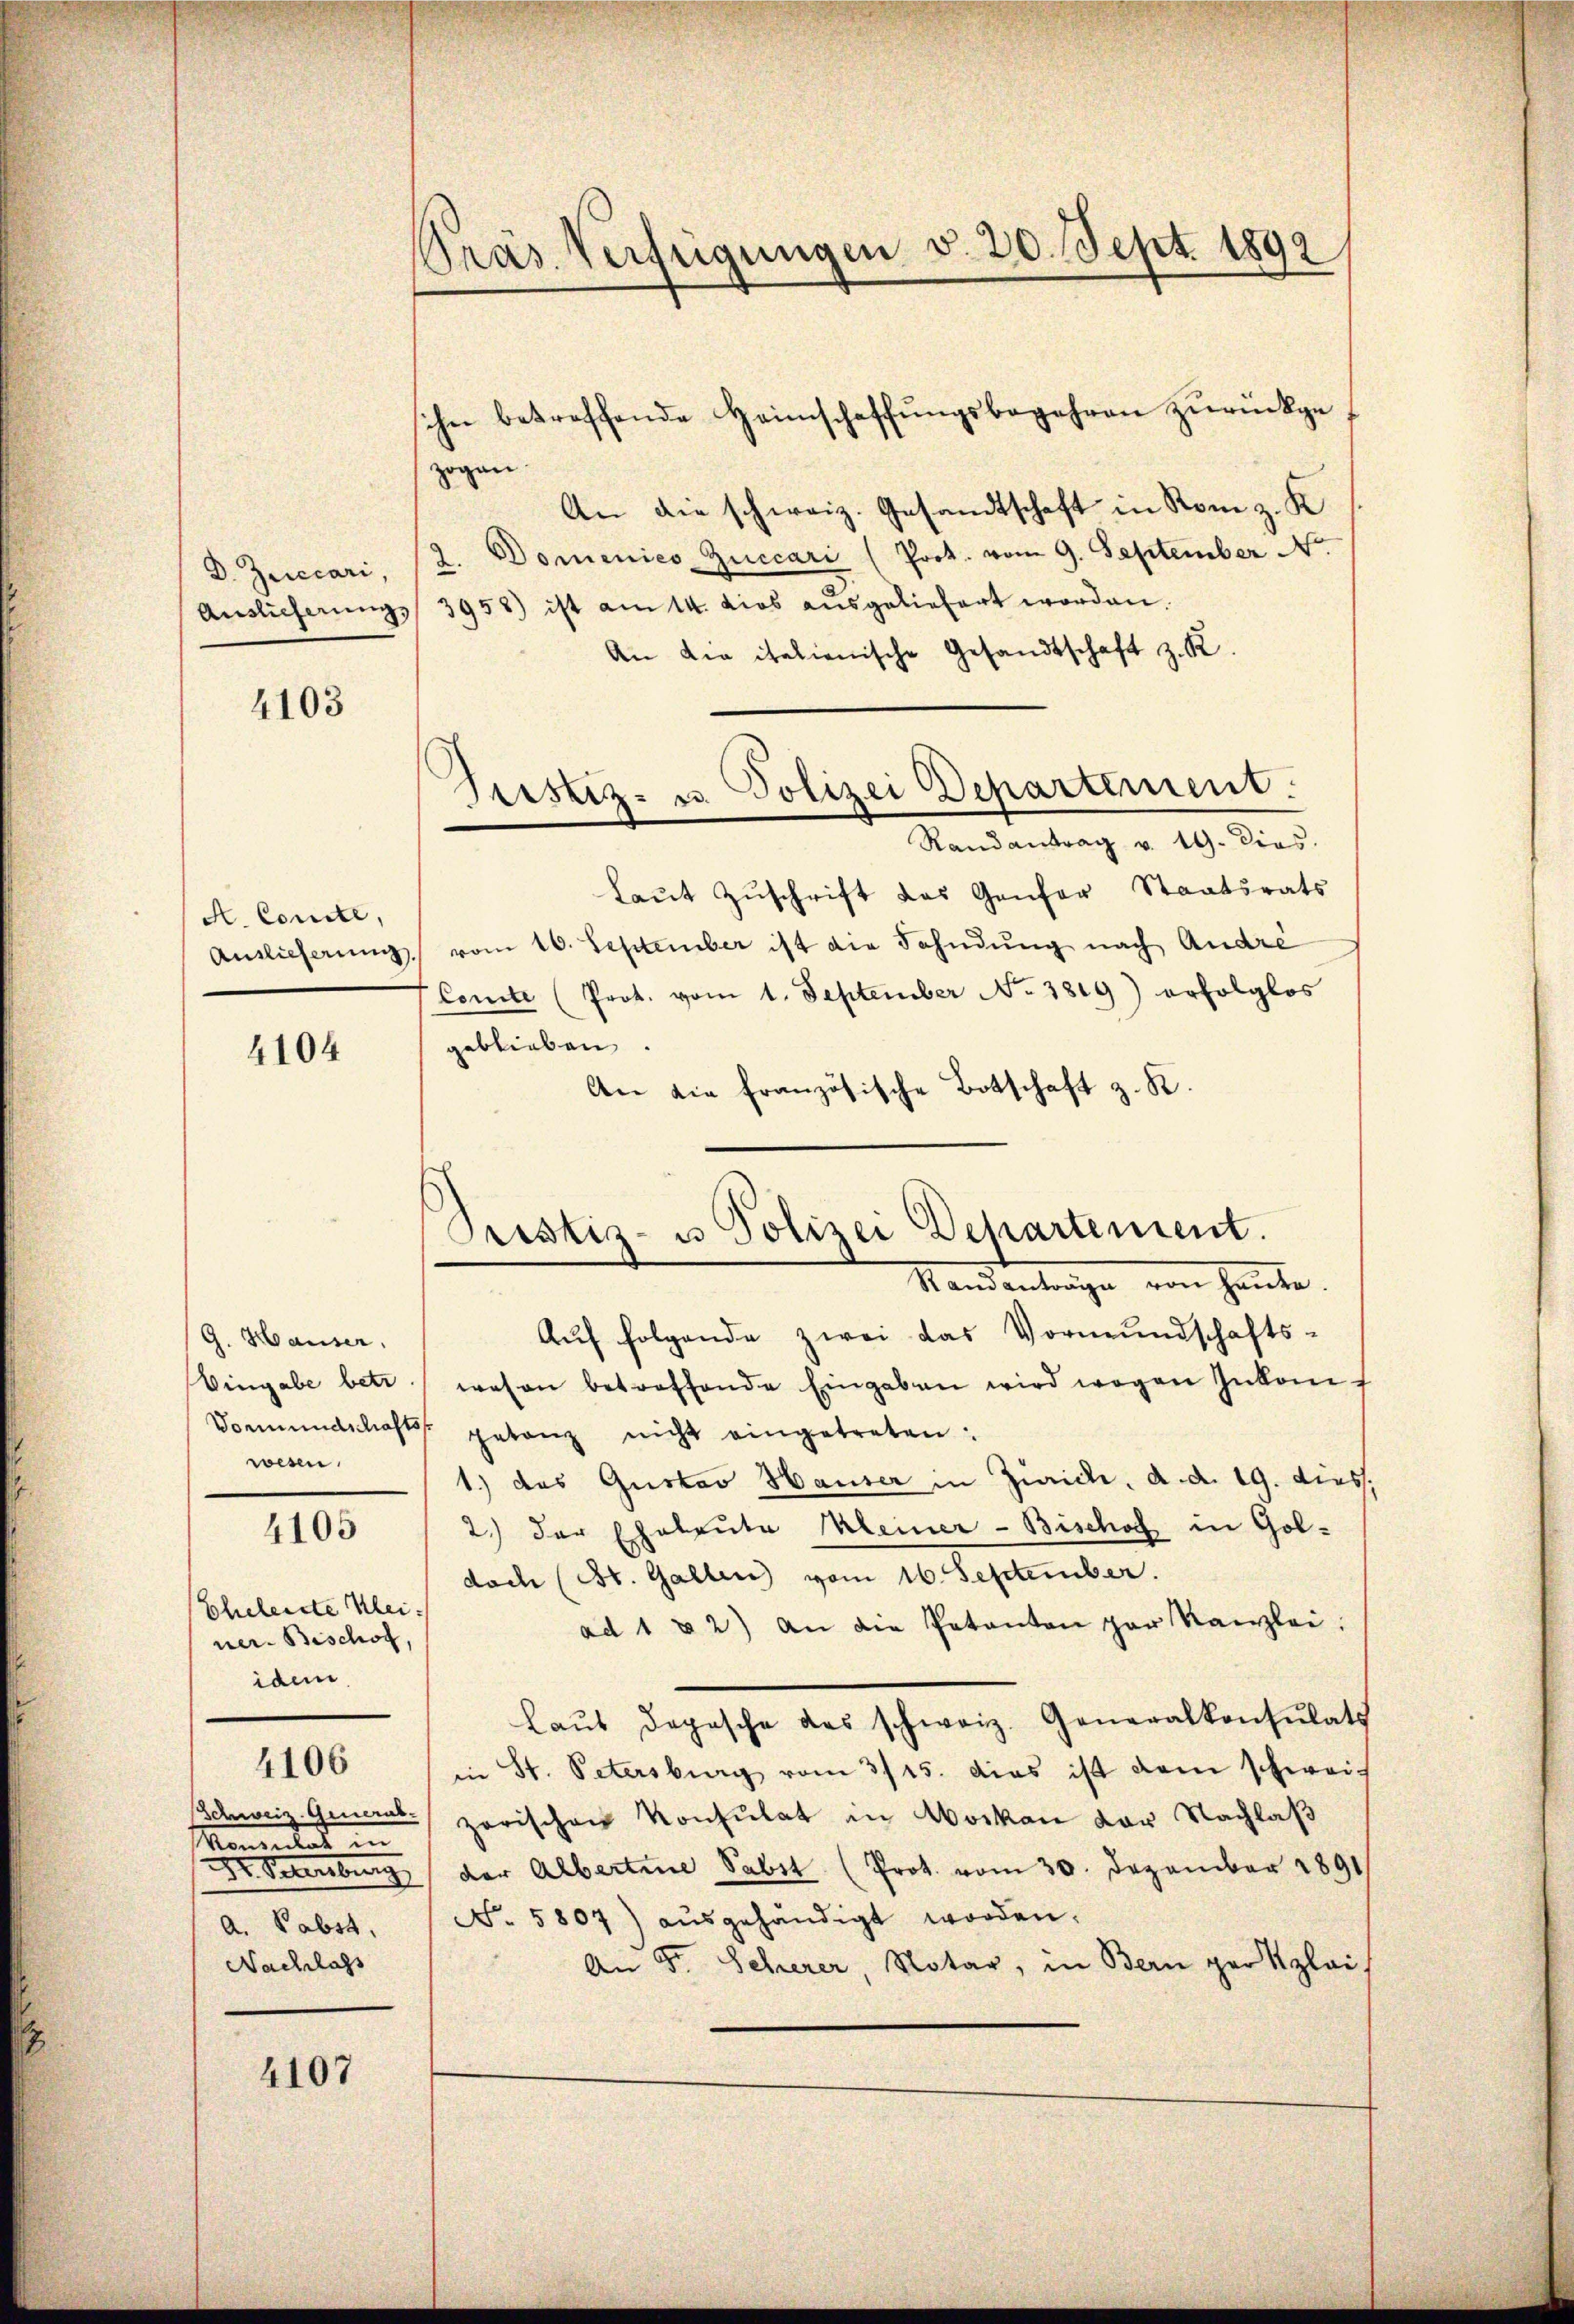
D. Zuecari,
Auslieferung,

A. Comite,

4103

4104

G. Hauser.
Vormundschaftsf
wesen.

4105

Eheleiste Kleiner. Bischof,
idem

4106

Momentlas
a. Pabst,
Nachlass

4107

Präs. Verfügungen v. 20. Sept. 1892/

zogen
An die schweiz. Gesandtschaft in Rom z. K
z. Domenico Zuccari (Prot. vom 9. September N.
3958) ist am 14. dies ausgeliefert worden.
An die italienische Gesandtschaft z. R.
laŭt Zŭschrift das Genfer Staatsrats
Antlicherŭng vom 16. September ist die Fahndung nach Andre
Comite (Prot. vom 1. September No. 3819) erfolglos
geblieben
An die französische Botschaft z. R.
Standentrage von heute.
Auf folgende zwei das Vormundschafts-
Eingabe betr wesen betreffende Eingaben wird wegen Inkons
getanz nicht eingetreten:
1.) das Gustav Hauser in Zürich, d. d. 19. diess.
2.) Der Eheleute Meiner-Bischof in Goldoch (St. Gallen vom 16. September.
ad 1 u 2) an die Patanten par Kanzlei.
laŭt dopische das schweiz. Generalkonsulats
in St. Petersburg vom 3/15. das ist dem schweiz
Schweiz. General zerischen Konsulat in Moskau vor Nachlaß
Dr. Petersburg der Albertene Subst (Prot. vom 30. Dezember 1891
No. 5807) ausgehändigt worden.
An Fr. Scherer, Notar, in Bern per plai

ihn betreffende Heimschaffŭngsbegehren zurückge¬

Justiz- u. Polizei Departement.
Randantrag v. 19. dies.

Pristiz- u Polizei Departement.